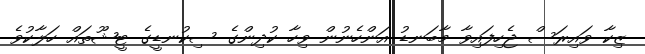
ޒިކާ ވައިރަސް ޖެހިފައިވާ މާބަނޑު އަންހެނުން ވިހާ ކުދިންގެ ސިކުނޑީގެ ޓީޝޫތައް ހަލާކުވެ